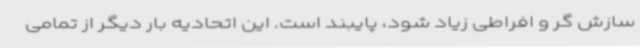
سازش گر و افراطی زیاد شود، پایبند است. این اتحادیه بار دیگر از تمامی